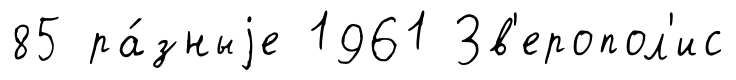
85 ра́зныjе 1961 Зв'еропол'ис